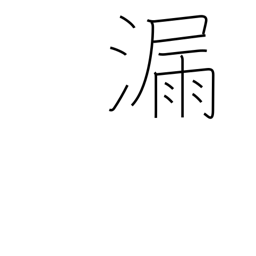
Meaning: leak